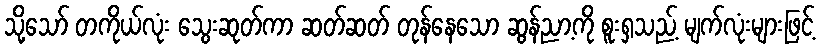
သို့သော် တကိုယ်လုံး သွေးဆုတ်ကာ ဆတ်ဆတ် တုန်နေသော ဆွန်ညာ့ကို စူးရှသည့် မျက်လုံးများဖြင့်